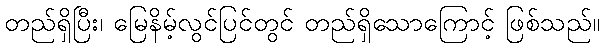
တည်ရှိပြီး၊ မြေနိမ့်လွင်ပြင်တွင် တည်ရှိသောကြောင့် ဖြစ်သည်။